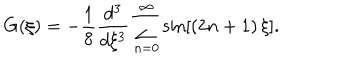
G ( \xi ) = - \frac { 1 } { 8 } \frac { d ^ { 3 } } { d \xi ^ { 3 } } \sum _ { n = 0 } ^ { \infty } \sin \left[ \left( 2 n + 1 \right) \xi \right] .